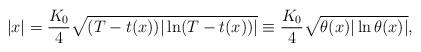
LaTeX: \begin{align*}|x| = \frac{K_0}{4}\sqrt{(T - t(x))|\ln (T - t(x))|} \equiv \frac{K_0}{4}\sqrt{\theta(x)|\ln \theta(x)|}, \end{align*}